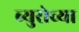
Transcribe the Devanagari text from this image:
ब्युरोच्या